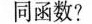
同函数?